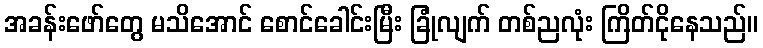
အခန်းဖော်တွေ မသိအောင် စောင်ခေါင်းမြီး ခြုံလျက် တစ်ညလုံး ကြိတ်ငိုနေသည်။